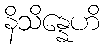
နိသိန္နေဟိ